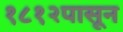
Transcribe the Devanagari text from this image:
१८१२पासून